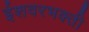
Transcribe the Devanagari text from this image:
ईशवरभक्ती